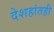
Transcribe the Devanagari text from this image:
देशहांतही